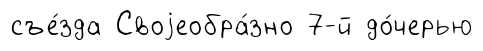
съе́зда Своjеобра́зно 7-й до́черью